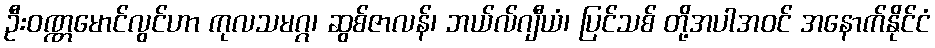
ဦးဝဏ္ဏမောင်လွင်ဟာ ကုလသမဂ္ဂ၊ ဆွစ်ဇာလန်၊ ဘယ်လ်ဂျီယံ၊ ပြင်သစ် တို့အပါအဝင် အနောက်နိုင်ငံ